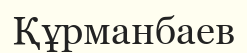
Құрманбаев